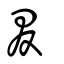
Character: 叕